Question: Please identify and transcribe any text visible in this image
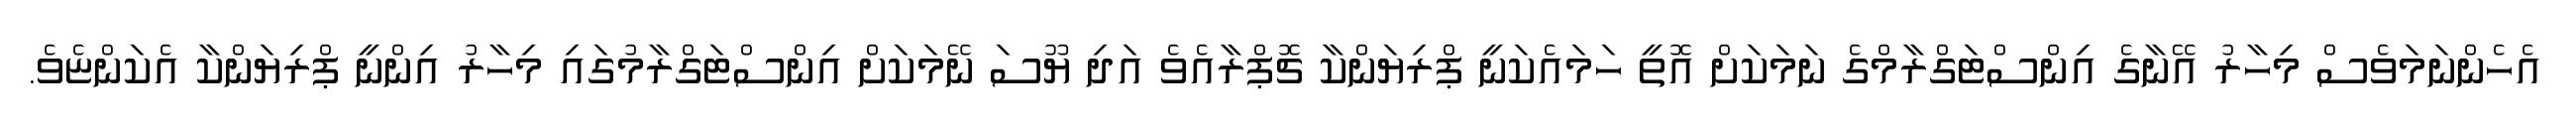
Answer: އެހެންނަމަވެސް މިހާރު އޭނާގެ އިންސްޓަގްރާމްގެ ނަމަކަށް އޮތީ ހަމައެކަނީ ޕްރިޔަންކާ ޗޮޕްރާއެވެ އަދި ޔޫސަ ނޭމަކަށް އިންސްޓަގްރާމުގައި މިހާރު އިންނީ ޕްރިޔަންކާ އެކަންޏެވެ.